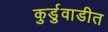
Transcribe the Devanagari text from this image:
कुर्डुवाडीत